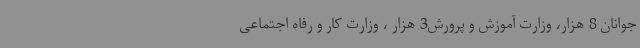
جوانان 8 هزار، وزارت آموزش و پرورش3 هزار ، وزارت کار و رفاه اجتماعی